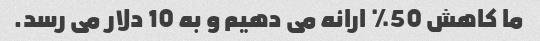
ما کاهش 50٪ ارائه می دهیم و به 10 دلار می رسد.